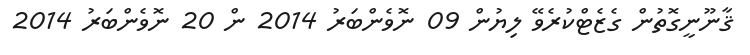
ޤާނޫނީގޮތުން ގެޒެޓްކުރެވޭ ލިޔުން 09 ނޮވެންބަރު 2014 ން 20 ނޮވެންބަރު 2014